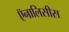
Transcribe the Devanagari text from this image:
ऍनालिसीस